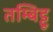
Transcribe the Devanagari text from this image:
तम्बिट्टू